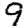
Digit: 9